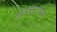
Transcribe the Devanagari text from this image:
शेतकर्‍यांसह